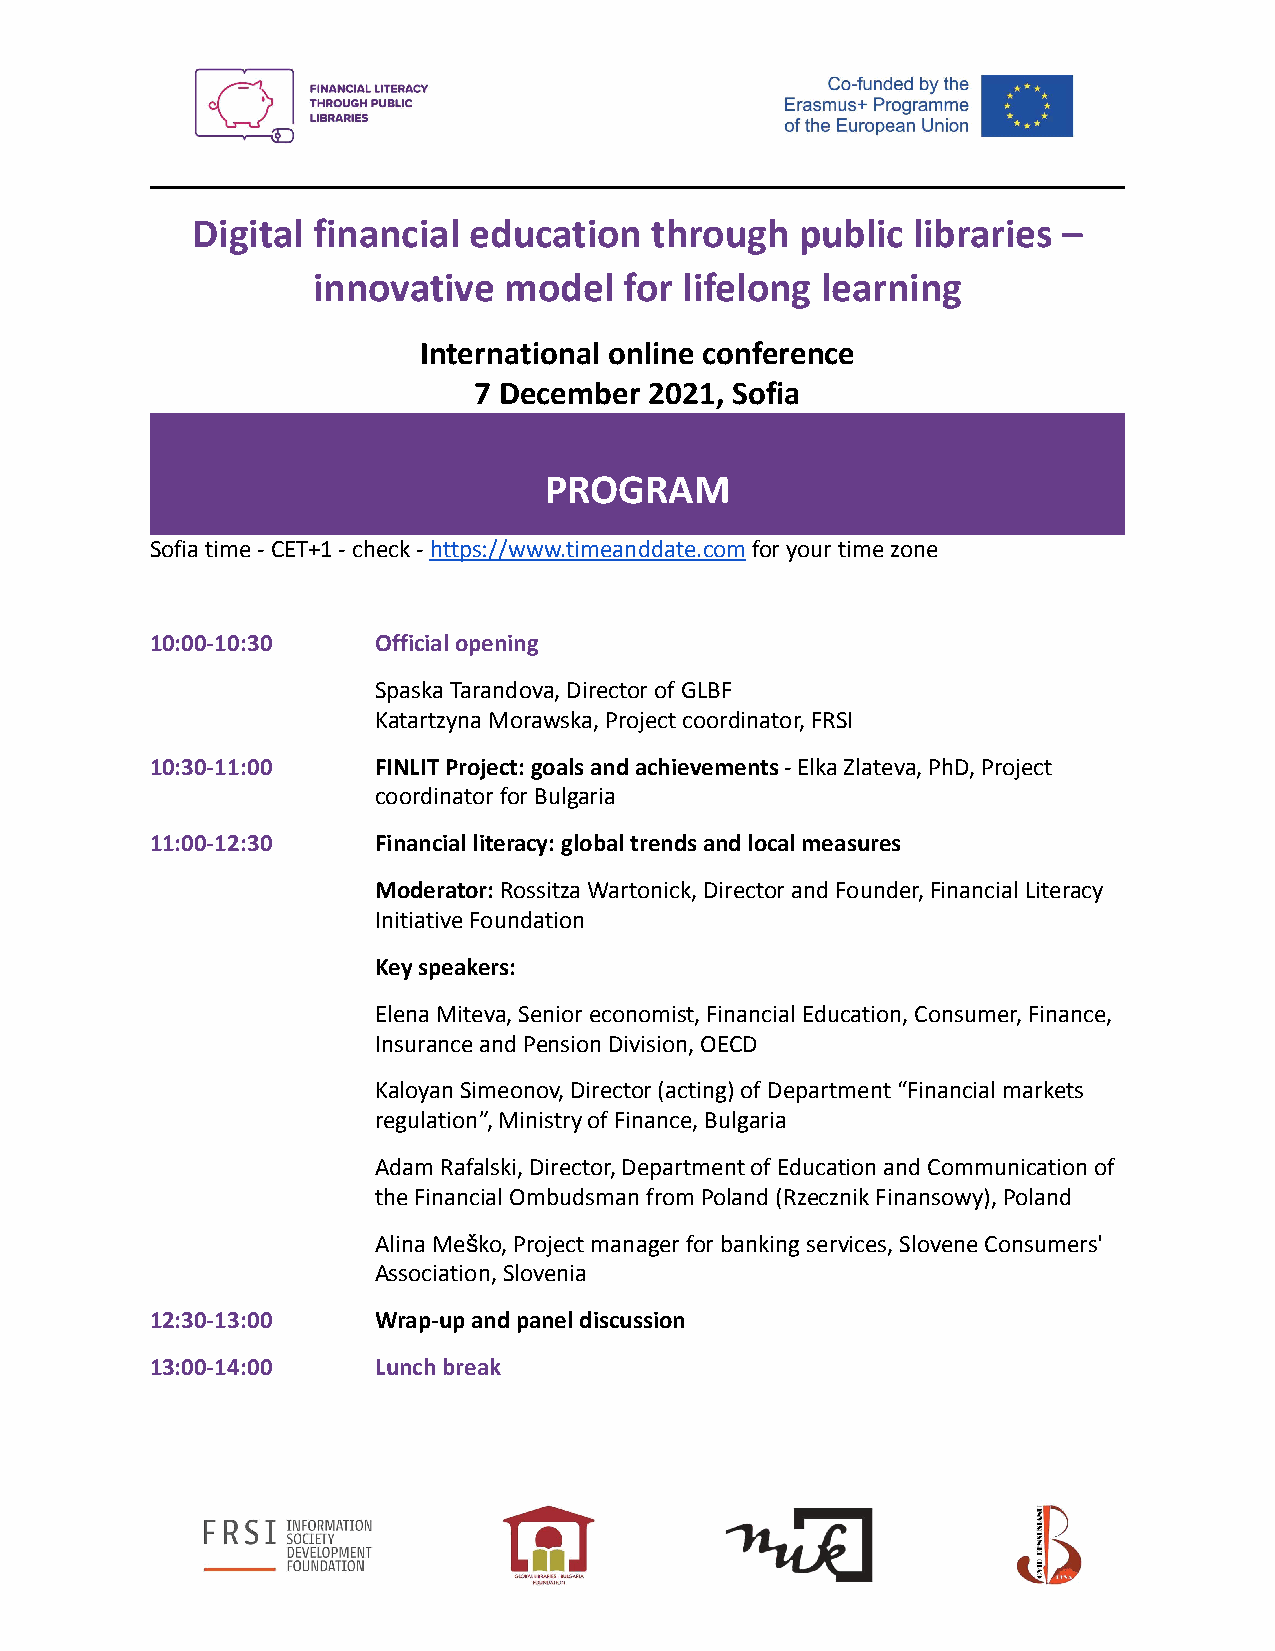
Digital financial education   through   public libraries –
 innovative  model   for lifelong learning
 International online conference
 7 December  2021, Sofia
 PROGRAM
 Sofia time - CET+1 - check -https://www.timeanddate.comfor your time zone
 10:00-10:30    Official opening
 Spaska Tarandova, Director of GLBF
 Katartzyna Morawska, Project coordinator, FRSI
 10:30-11:00    FINLIT Project: goals and achievements- Elka Zlateva, PhD, Project
 coordinator for Bulgaria
 11:00-12:30    Financial literacy: global trends andlocal measures
 Moderator:Rossitza Wartonick, Director and Founder,Financial Literacy
 Initiative Foundation
 Key speakers:
 Elena Miteva, Senior economist, Financial Education, Consumer, Finance,
 Insurance and Pension Division, OECD
 Kaloyan Simeonov, Director (acting) of Department “Financial markets
 regulation”, Ministry of Finance, Bulgaria
 Adam Rafalski, Director, Department of Education and Communication of
 the Financial Ombudsman from Poland (Rzecznik Finansowy), Poland
 Alina Meško, Project manager for banking services, Slovene Consumers'
 Association, Slovenia
 12:30-13:00    Wrap-up and panel discussion
 13:00-14:00    Lunch break